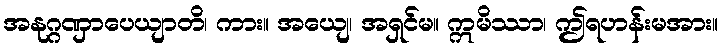
အနုဂ္ဂဏှာပေယျာတိ၊ ကား။ အယျေ၊ အရှင်မ။ ဣမိဿာ၊ ဤရဟန်းမအား။